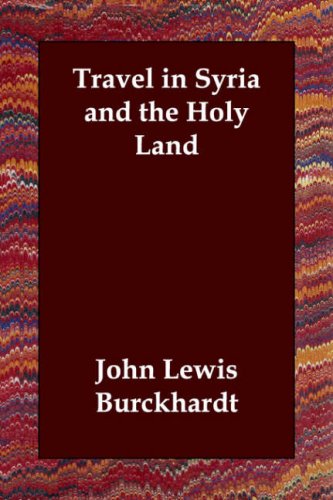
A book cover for Travel in Syria and the Holy Land; John Lewis Burckhardt; Travel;